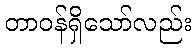
တာဝန်ရှိသော်လည်း